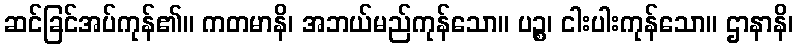
ဆင်ခြင်အပ်ကုန်၏။ ကတမာနိ၊ အဘယ်မည်ကုန်သော။ ပဉ္စ၊ ငါးပါးကုန်သော။ ဌာနာနိ၊